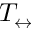
T _ { \leftrightarrow }